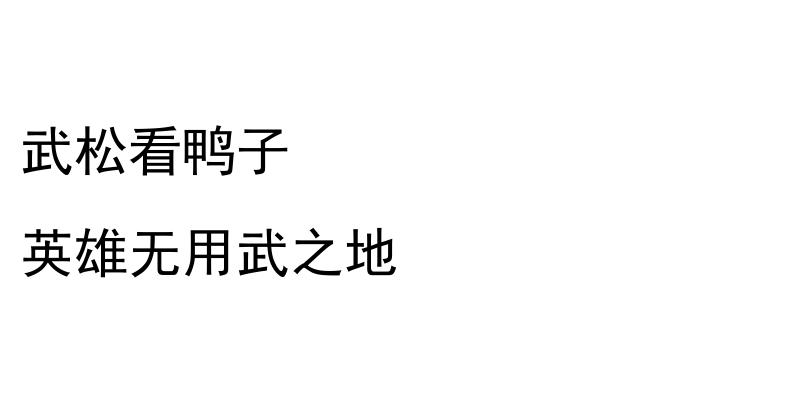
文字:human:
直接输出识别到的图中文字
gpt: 武松看鸭子 英雄无用武之地